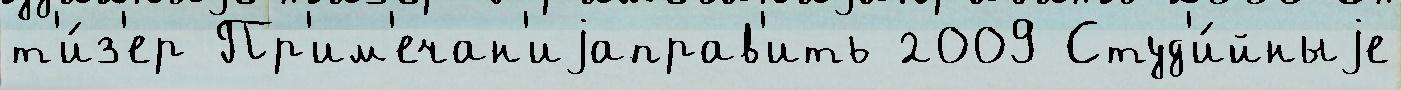
т'и́з'ер Пр'им'ечан'иjаправ'ить 2009 Студ'и́йныjе